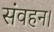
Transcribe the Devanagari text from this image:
संवहन।